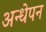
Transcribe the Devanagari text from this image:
अन्धेपन